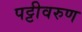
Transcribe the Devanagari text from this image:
पट्टीवरुण